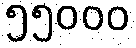
၅၅၀၀၀